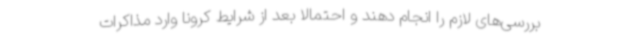
بررسی‌های لازم را انجام دهند و احتمالا بعد از شرایط کرونا وارد مذاکرات